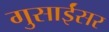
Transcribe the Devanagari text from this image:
गुसाईंसर